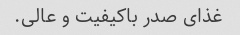
غذای صدر باکیفیت و عالی.